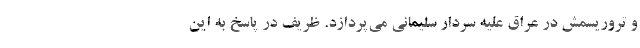
و تروریسمش در عراق علیه سردار سلیمانی می‌پردازد. ظریف در پاسخ به این